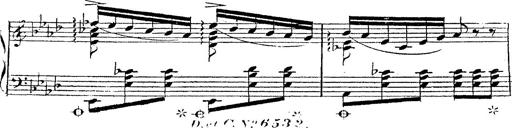
Title: 12 Lieder von Franz Schubert
Composer: Franz Liszt